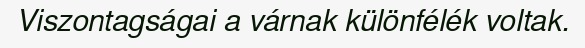
Viszontagságai a várnak különfélék voltak.